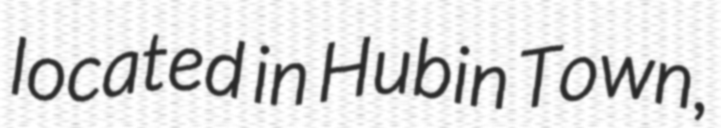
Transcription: located in Hubin Town,